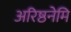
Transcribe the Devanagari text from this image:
अरिष्ठनेमि